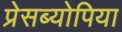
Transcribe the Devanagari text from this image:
प्रेसब्योपिया